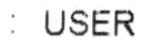
: USER